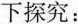
下探究：